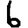
Digit: 6